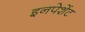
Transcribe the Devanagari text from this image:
इनपेशेंट